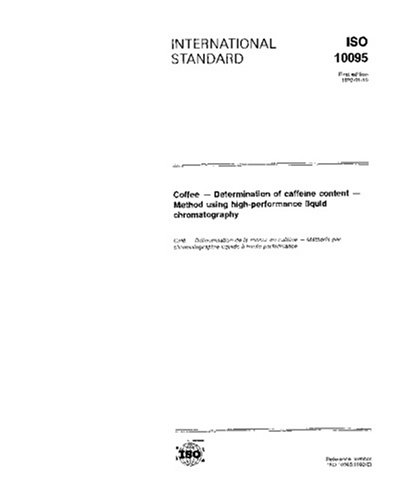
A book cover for ISO 10095:1992, Coffee -- Determination of caffeine content -- Method using high-performance liquid chromatography; ISO TC 34/SC 15/WG 2; Health, Fitness & Dieting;